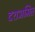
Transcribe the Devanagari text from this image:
दशअमित